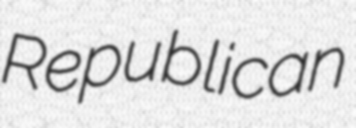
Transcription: Republican